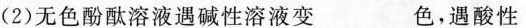
(2)无色酚酞溶液遇碱性溶液变 ___ 色，遇酸性